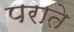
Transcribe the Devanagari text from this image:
पराते